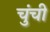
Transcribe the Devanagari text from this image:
चुंची